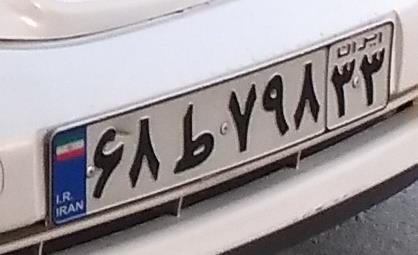
۶۸ط۷۹۸۳۳